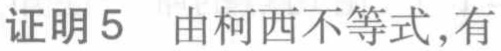
证明5  由柯西不等式,有